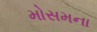
મોસમના